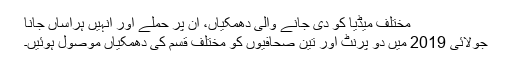
مختلف میڈیا کو دی جانے والی دھمکیاں، ان پر حملے اور انہیں ہراساں جانا
جولائی 2019 میں دو پرنٹ اور تین صحافیوں کو مختلف قسم کی دھمکیاں موصول ہوئیں۔